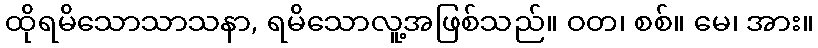
ထိုရမိသောသာသနာ, ရမိသောလူ့အဖြစ်သည်။ ဝတ၊ စစ်။ မေ၊ အား။